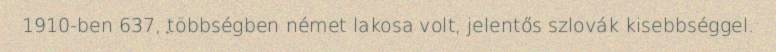
1910-ben 637, többségben német lakosa volt, jelentős szlovák kisebbséggel.